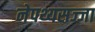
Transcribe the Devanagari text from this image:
नेपथ्यसज्जा